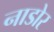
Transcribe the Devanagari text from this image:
नाडोर